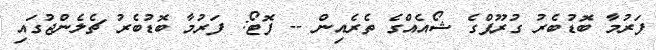
ފަރުމާ ބޮޑުބެރު ގުރޫޕްގެ ޝޯއެއްގެ ތެރެއިން -- ފޮޓޯ: ފަރުމާ ބޮޑުބެރު ޗެލެންޖުގައި